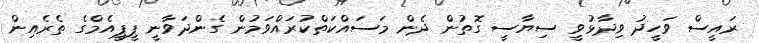
ރައީސް ވަހީދު ވިދާޅުވީ ސިޔާސީ ގޮތުން ދެން މަސައްކަތްކުރައްވަމުން ގެންދަވާނީ ޕީޕީއެމްގެ ތެރެއިން